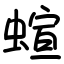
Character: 蝖